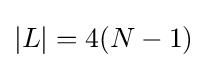
|L|=4(N-1)